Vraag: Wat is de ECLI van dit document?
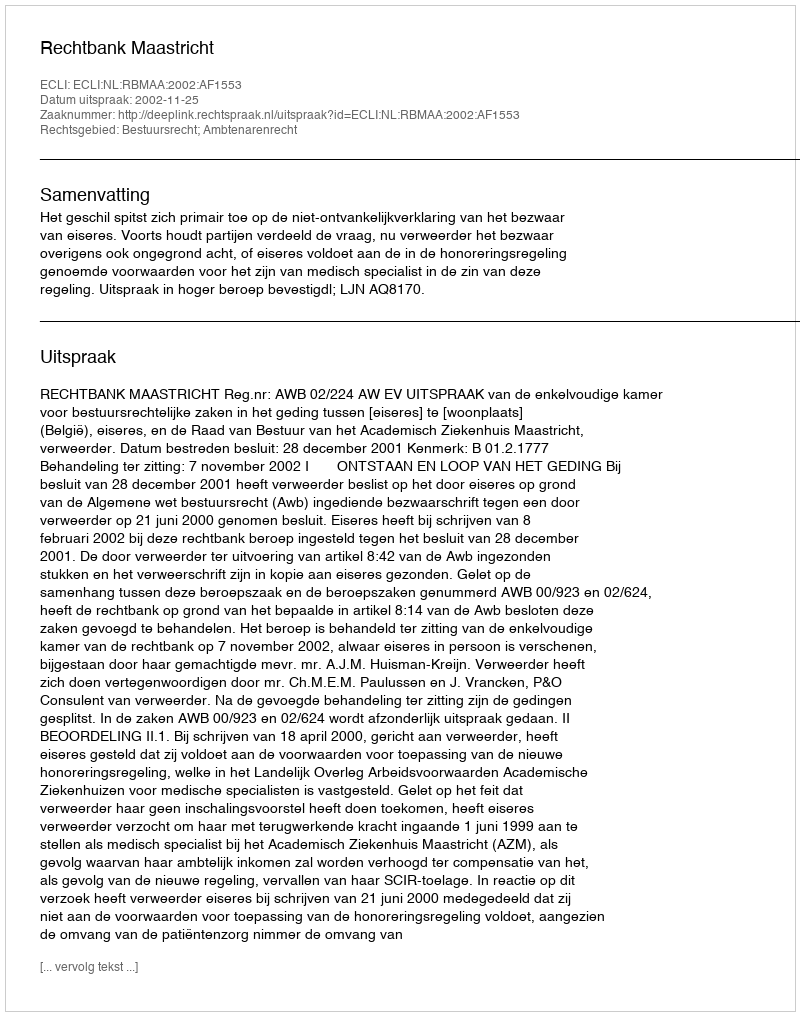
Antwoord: ECLI:NL:RBMAA:2002:AF1553